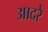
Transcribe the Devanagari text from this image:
आदरै